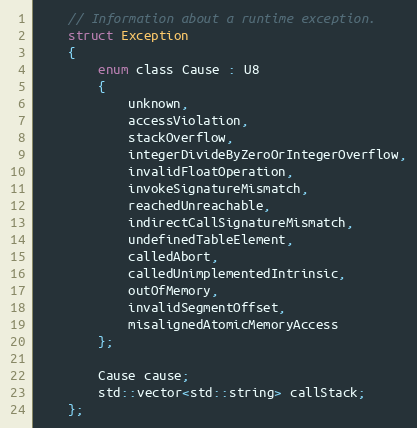
Language: C
	// Information about a runtime exception.
	struct Exception
	{
		enum class Cause : U8
		{
			unknown,
			accessViolation,
			stackOverflow,
			integerDivideByZeroOrIntegerOverflow,
			invalidFloatOperation,
			invokeSignatureMismatch,
			reachedUnreachable,
			indirectCallSignatureMismatch,
			undefinedTableElement,
			calledAbort,
			calledUnimplementedIntrinsic,
			outOfMemory,
			invalidSegmentOffset,
			misalignedAtomicMemoryAccess
		};

		Cause cause;
		std::vector<std::string> callStack;
	};